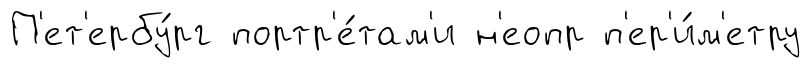
П'ет'ербу́рг портр'е́там'и н'еопр п'ер'и́м'етру